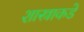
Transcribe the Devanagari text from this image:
शास्त्राकडे